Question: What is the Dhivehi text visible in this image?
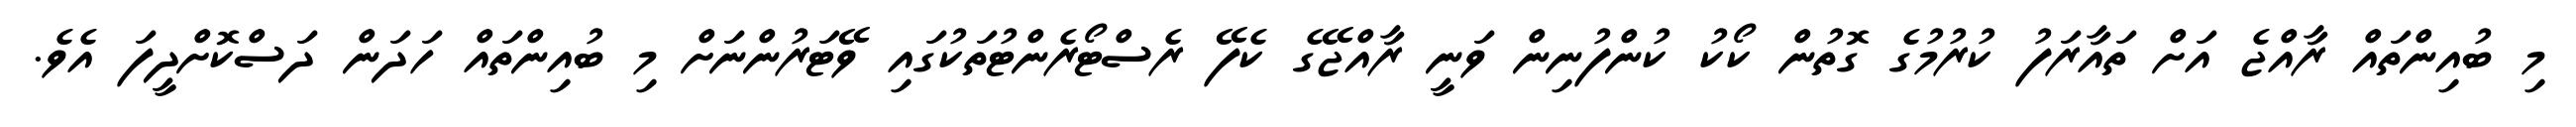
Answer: މި ބުއިންތައް ރާއްޖެ އަށް ތައާރަފު ކުރުމުގެ ގޮތުން ކޯކު ކުންފުނިން ވަނީ ރާއްޖޭގެ ކެފޭ ރެސްޓޯރެންޓުތަކުގައި ވޭޓަރުންނަށް މި ބުއިންތައް ހަދަން ދަސްކޮށްދީފަ އެވެ.